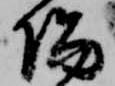
陽